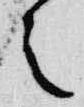
之